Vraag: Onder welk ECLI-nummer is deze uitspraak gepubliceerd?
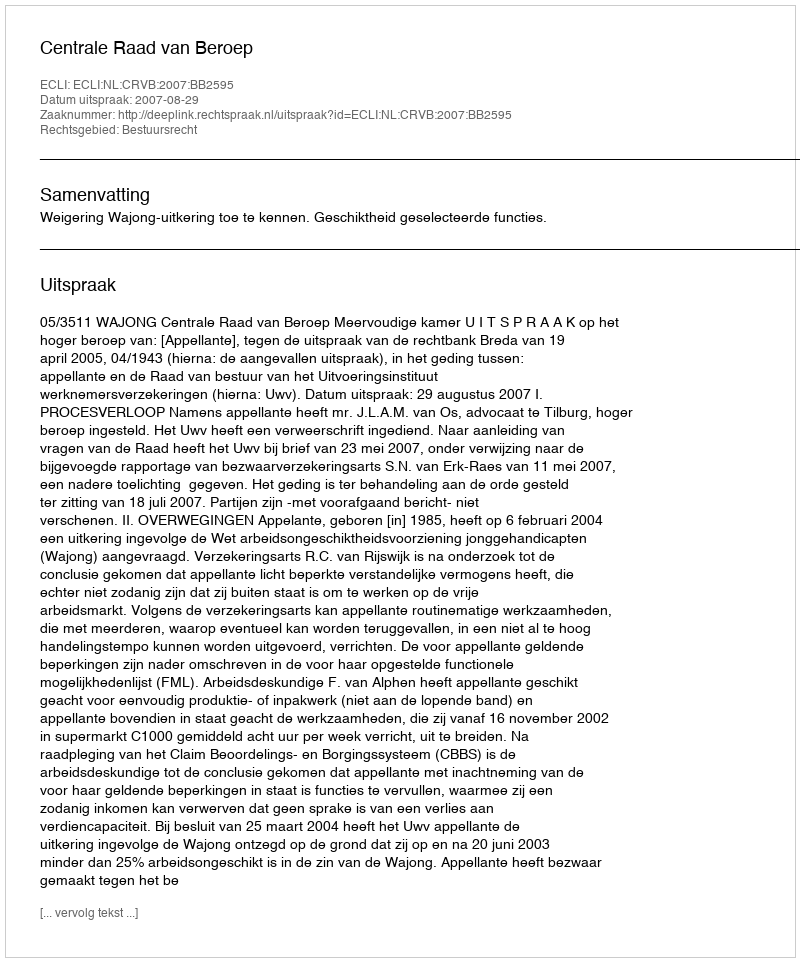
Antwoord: ECLI:NL:CRVB:2007:BB2595